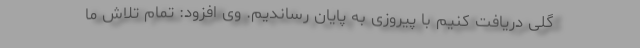
گلی دریافت کنیم با پیروزی به پایان رساندیم. وی افزود: تمام تلاش ما